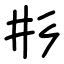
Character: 𢒈